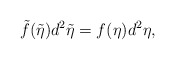
\begin{align*}\tilde f(\tilde\eta ) d^2\tilde\eta = f(\eta )d^2\eta,\end{align*}